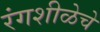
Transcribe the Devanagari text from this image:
रंगशीळेचे